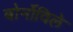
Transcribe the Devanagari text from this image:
बोर्नोविले